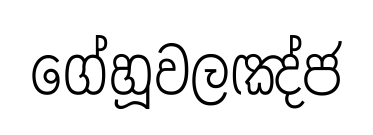
ගේහූවලඤ්ජ